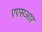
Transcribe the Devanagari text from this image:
एएसआर